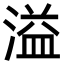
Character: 溢